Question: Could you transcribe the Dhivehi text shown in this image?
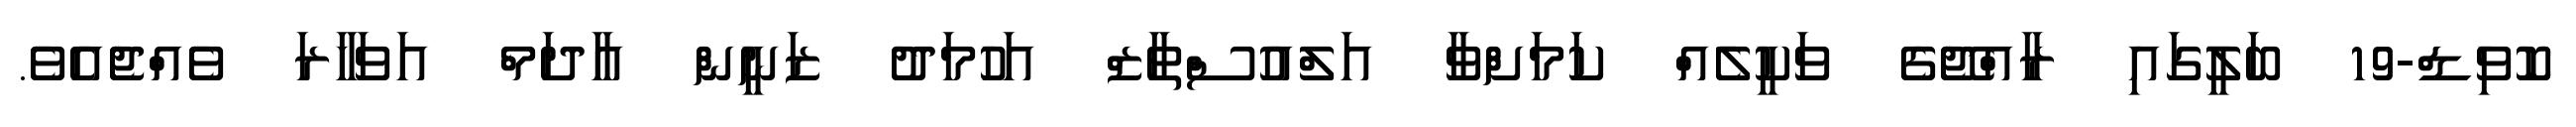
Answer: ކޮވިޑް-19 ބަލީގައި ރާއްޖޭގެ ވަކީލެއް ކަމަށްވާ އަލްއުސްތާޒް އަހުމަދު ޒަނީން އާދަމް އަވަހާރަ ވެއްޖެއެވެ.